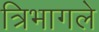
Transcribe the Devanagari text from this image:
त्रिभागले